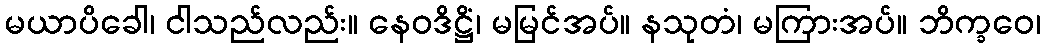
မယာပိခေါ၊ ငါသည်လည်း။ နေဝဒိဋ္ဌိံ၊ မမြင်အပ်။ နသုတံ၊ မကြားအပ်။ ဘိက္ခဝေ၊